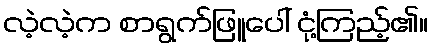
လဲ့လဲ့က စာရွက်ဖြူပေါ် ငုံ့ကြည့်၏။